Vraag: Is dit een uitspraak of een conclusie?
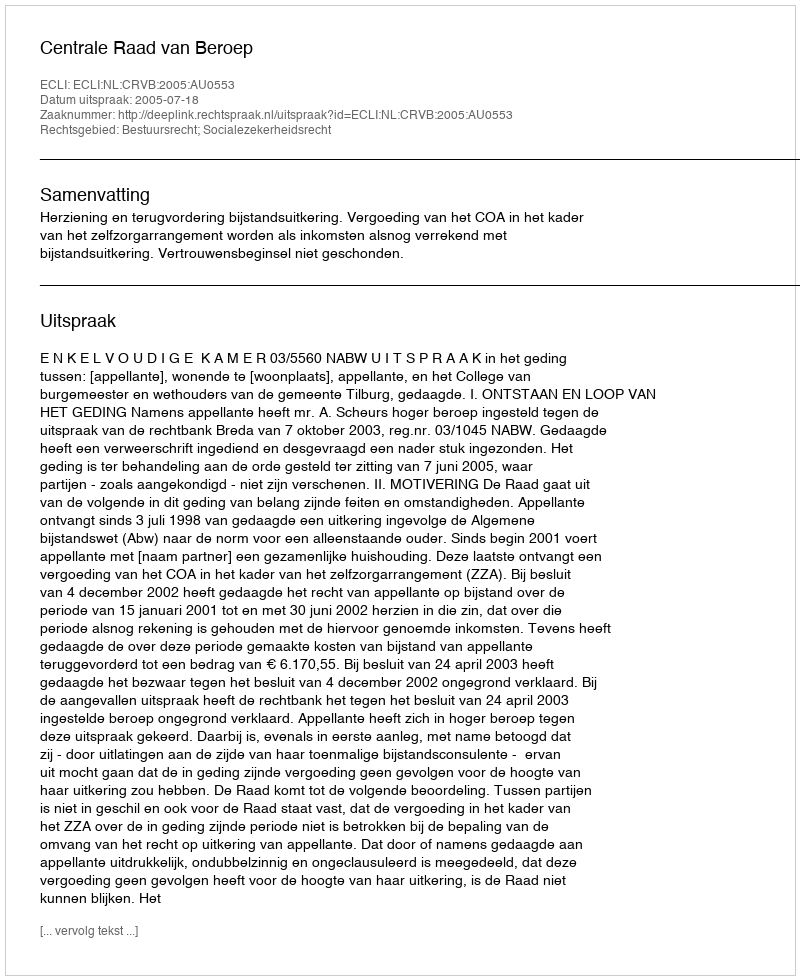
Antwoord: Uitspraak